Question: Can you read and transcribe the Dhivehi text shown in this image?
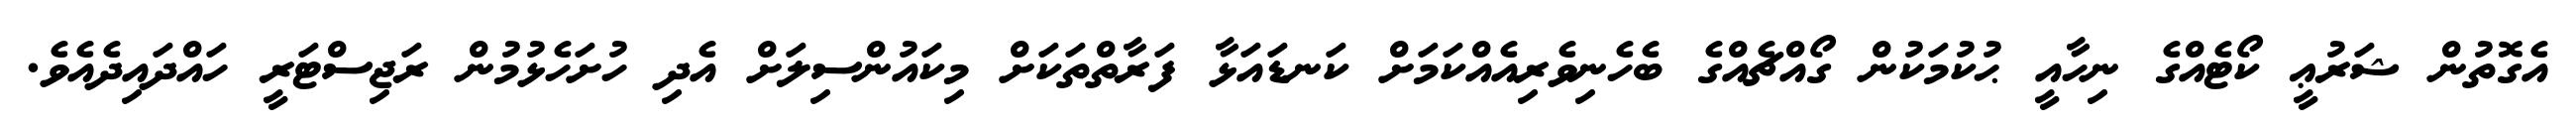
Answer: އެގޮތުން ޝަރުޢީ ކޯޓެއްގެ ނިހާއީ ޙުކުމަކުން ގޯއްޗެއްގެ ބެހެނިވެރިއެއްކަމަށް ކަނޑައަޅާ ފަރާތްތަކަށް މިކައުންސިލަށް އެދި ހުށަހެޅުމުން ރަޖިސްޓަރީ ހައްދައިދެއެވެ.